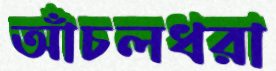
আঁচলধরা